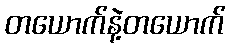
တယောက်နဲ့တယောက်